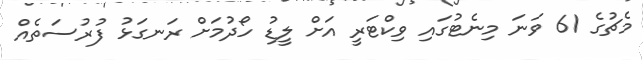
މެޗުގެ 61 ވަނަ މިނެޓުގައި ވިކްޓަރީ އަށް ލީޑު ހޯދުމަށް ރަނގަޅު ފުރުސަތެއް